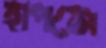
হাপসে